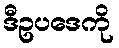
ဒီဥပဒေကို